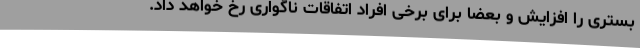
بستری را افزایش و بعضا برای برخی افراد اتفاقات ناگواری رخ خواهد داد.